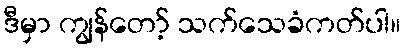
ဒီမှာ ကျွန်တော့် သက်သေခံကတ်ပါ။